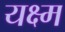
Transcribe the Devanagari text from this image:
यक्ष्म